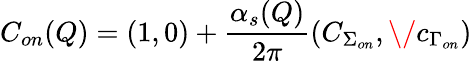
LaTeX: C_{on}(Q)=(1,0)+{\frac{\alpha_{s}(Q)}{2\pi}}(C_{\Sigma_{on}},\/ c_{\Gamma_{on}})